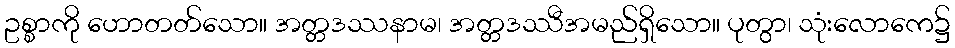
ဥစ္စာကို ဟောတတ်သော။ အတ္တဒဿနာမ၊ အတ္တဒဿီအမည်ရှိသော။ ပုတွာ၊ သုံးလောကေ၌